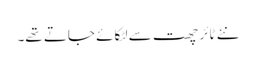
نئے ٹائر چھت سے لٹکائے جاتے تھے۔